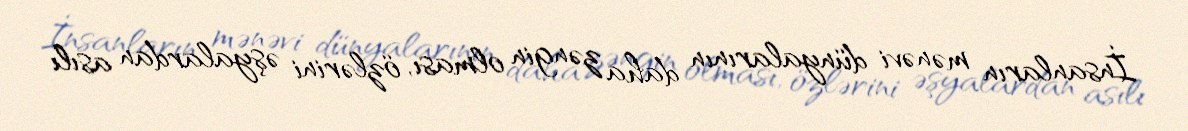
İnsanların mənəvi dünyalarının daha zəngin olması, özlərini əşyalardan asılı